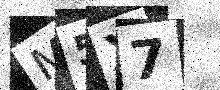
Text: M5X7